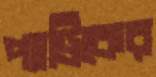
প্যাট্রিকের